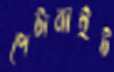
পেটাবাইট